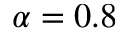
\alpha = 0 . 8